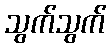
သွက်သွက်